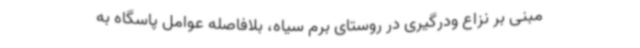
مبنی بر نزاع ودرگیری در روستای برم سیاه، بلافاصله عوامل پاسگاه به